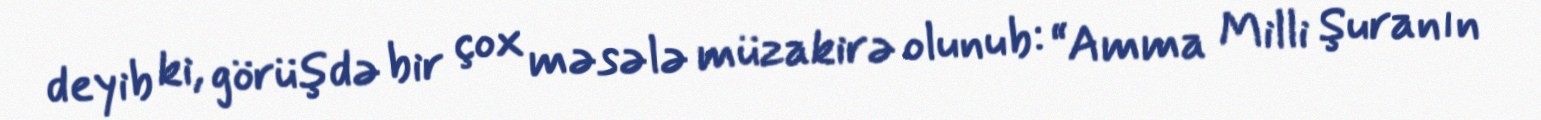
deyib ki, görüşdə bir çox məsələ müzakirə olunub: “Amma Milli Şuranın